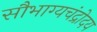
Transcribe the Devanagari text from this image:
सौभाग्यचंद्रोदय